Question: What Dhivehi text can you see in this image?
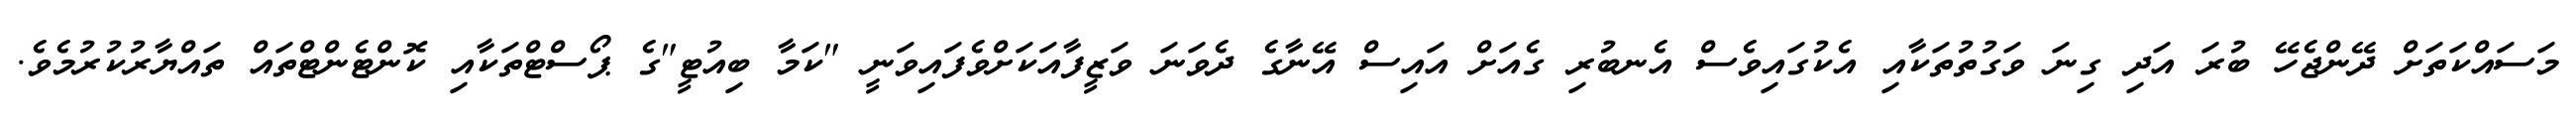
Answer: މަސައްކަތަށް ދޭންޖެހޭ ބުރަ އަދި ގިނަ ވަގުތުތަކާއި އެކުގައިވެސް އެނބުރި ގެއަށް އައިސް އޭނާގެ ދެވަނަ ވަޒީފާއަކަށްވެފައިވަނީ "ކަމާ ބިއުޓީ"ގެ ޕޯސްޓްތަކާއި ކޮންޓެންޓްތައް ތައްޔާރުކުރުމެވެ.